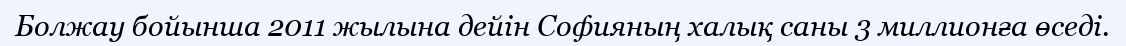
Болжау бойынша 2011 жылына дейін Софияның халық саны 3 миллионға өседі.